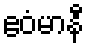
ဧဝံမာနီ